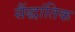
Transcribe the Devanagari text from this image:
सैंद्धांतिक